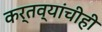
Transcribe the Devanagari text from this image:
कर्तव्यांचीही